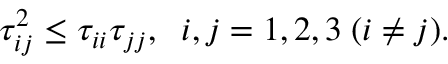
\tau _ { i j } ^ { 2 } \leq \tau _ { i i } \tau _ { j j } , \; \; i , j = 1 , 2 , 3 \; ( i \neq j ) .